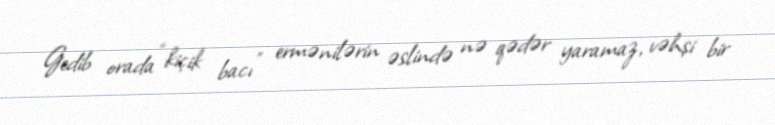
Gedib orada “kiçik bacı” ermənilərin əslində nə qədər yaramaz, vəhşi bir